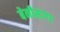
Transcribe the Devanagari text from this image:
बेनीसागर